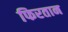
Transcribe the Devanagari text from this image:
फिरतान